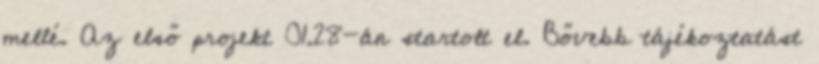
mellé. Az első projekt 01.28-án startolt el. Bővebb tájékoztatást